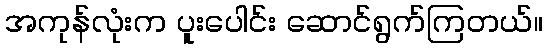
အကုန်လုံးက ပူးပေါင်း ဆောင်ရွက်ကြတယ်။